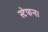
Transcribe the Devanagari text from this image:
स्टेफन।